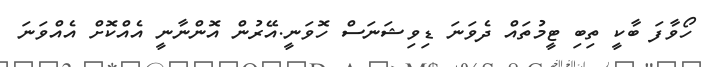
ހޯވާފަ ބާކީ ތިބި ޓީމުތައް ދެވަނަ ޑިވިޝަނަސް ހޮވަނީ.އޭރުން އޮންނާނީ އެއްކޮށް އެއްވަނަ